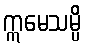
ဣမေသမ္ပိ